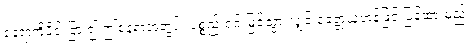
နေရာကိုပိုင်းခြား၍ ဤနေရာအတွင်း ပစ္စည်းရှင် မြင်သွားလျှင် ခေတ္တယူဟန်ဖြင့် ပြန်ထားမည်၊